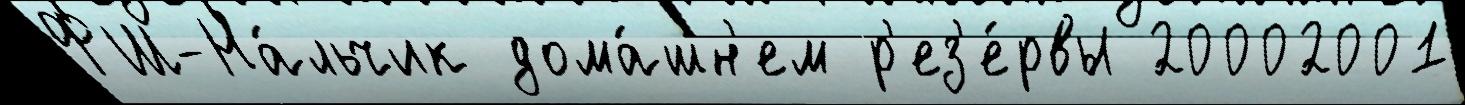
ФШ-На́льчик дома́шн'ем р'ез'е́рвы 20002001